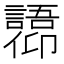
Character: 𫤋